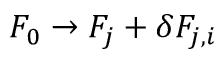
F _ { 0 } \rightarrow F _ { j } + \delta F _ { j , i }